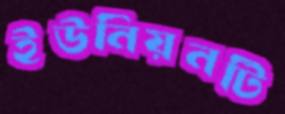
ইউনিয়নটি